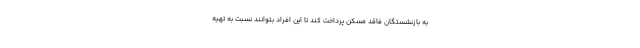
به بازنشستگان فاقد مسکن پرداخت کند تا این افراد بتوانند نسبت به تهیه